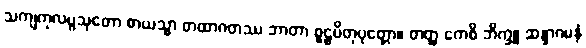
သကျကုလပ္ပသုတော စာယသ္မာ တထာဂတဿ ဘာတာ စူဠပိတုပုတ္တော။ တတ္ထ ကေစိ ဘိက္ခူ ဆန္ဒာဂမနံ